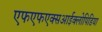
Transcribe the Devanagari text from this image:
एफएफएक्सआईक्लोपिडिया